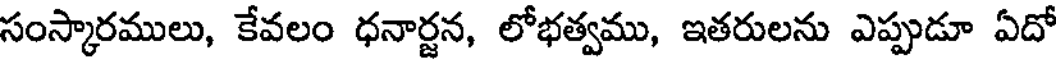
సంస్కారములు, కేవలం ధనార్జన, లోభత్వము, ఇతరులను ఎప్పుడూ ఏదో